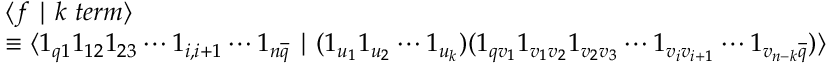
\begin{array} { l } { { \langle f \mid k \; t e r m \rangle } } \\ { { \equiv \langle 1 _ { q 1 } 1 _ { 1 2 } 1 _ { 2 3 } \cdots 1 _ { i , i + 1 } \cdots 1 _ { n \overline { { { q } } } } \mid ( 1 _ { u _ { 1 } } 1 _ { u _ { 2 } } \cdots 1 _ { u _ { k } } ) ( 1 _ { q v _ { 1 } } 1 _ { v _ { 1 } v _ { 2 } } 1 _ { v _ { 2 } v _ { 3 } } \cdots 1 _ { v _ { i } v _ { i + 1 } } \cdots 1 _ { v _ { n - k } \overline { { { q } } } } ) \rangle \ } } \end{array}